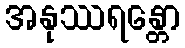
အနုဿရန္တော